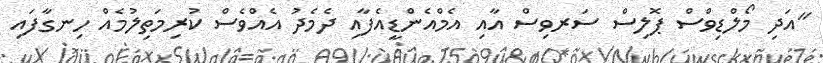
"އަދި މޯލްޑިވްސް ޕޮލިސް ސަރވިސް އާއި އެމްއެންޑީއެފާއި ދެމެދު އެއްވެސް ކުރިމަތިލުމެއް ހިނގާފައި